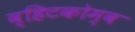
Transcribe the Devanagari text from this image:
व्हिटकोम्ब